Lunatic asylums United Prov. 1922-30 - 1922-1930
Year: 1922
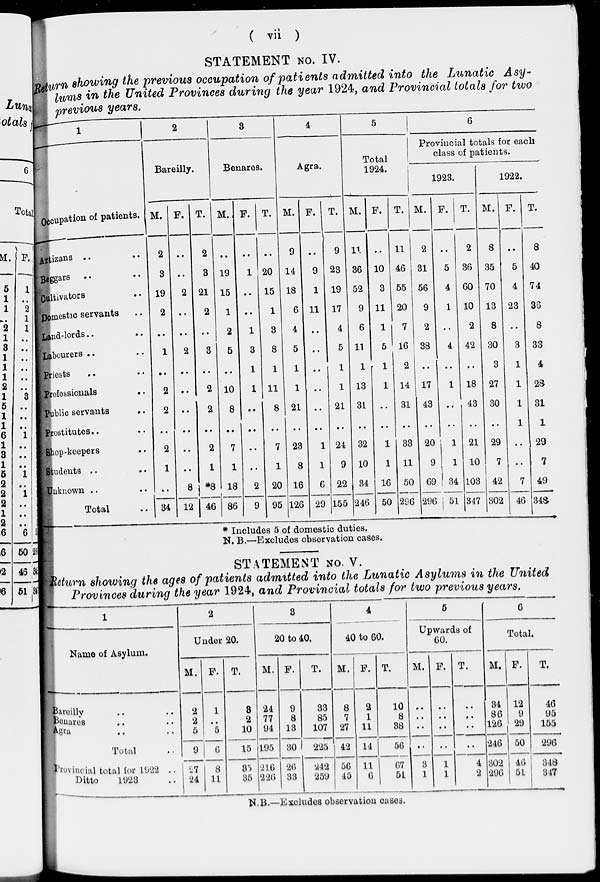
( vii )
STATEMENT NO. IV.
Return showing the previous occupation of patients admitted into the Lunatic Asy-
lums in the United Provinces during the year 1924, and Provincial totals for two
previous years.
1
Occupation of patients.
Artizans .. ..
Beggars .. ..
Cultivators ..
Domestic servants ..
Land-lords .. ..
Labourers ..
Priests .. ..
Professionals
..
Public servants ..
Prostitutes .. ..
Shop-keepers ..
Students .. ..
Unknown .. ..
Total ..
2
Bareilly.
M.
2
3
19
2
..
1
..
2
2
..
2
1
..
34
F.
..
..
2
..
..
2
..
..
..
..
..
..
8
12
T.
2
3
21
2
..
3
..
2
2
..
2
1
*8
46
3
Benares.
M.
..
19
15
1
2
5
..
10
8
..
7
1
18
86
F.
..
1
..
..
1
3
1
1
..
..
..
..
2
9
T.
..
20
15
1
3
8
1
11
8
..
7
1
20
95
4
Agra.
M.
9
14
18
6
4
5
1
1
21
..
23
8
16
126
F.
..
9
1
11
..
..
..
..
..
..
1
1
6
29
T.
9
23
19
17
4
5
1
1
21
..
24
9
22
155
5
Total
1924.
M.
11
36
52
9
6
11
1
13
31
..
32
10
34
246
F.
..
10
3
11
1
5
1
1
..
..
1
1
16
50
T.
11
46
55
20
7
16
2
14
31
..
33
11
50
296
6
Provincial totals for each
class of patients.
1923.
M.
2
31
56
9
2
38
..
17
43
..
20
9
69
296
F.
..
5
4
1
..
4
..
1
..
..
1
1
34
51
T.
2
36
60
10
2
42
..
18
43
..
21
10
103
347
1922.
M.
8
35
70
13
8
30
3
27
30
..
29
7
42
302
F.
..
5
4
23
..
3
1
1
1
1
..
..
7
46
T.
8
40
74
36
8
33
4
28
31
1
29
7
49
348
*Includes 5 of domestic duties.
N. B.—Excludes observation cases.
STATEMENT NO. V.
Return showing the ages of patients admitted into the Lunatic Asylums in the United
Provinces during the year 1924, and Provincial totals for two previous years.
1
Name of Asylum.
Bareilly .. ..
Benares .. ..
Agra .. ..
Total ..
Provincial total for 1922 ..
Ditto
1923 ..
2
Under 20.
M.
2
2
5
9
27
24
F.
1
..
5
6
8
11
T.
8
2
10
15
35
35
3
20 to 40.
M.
24
77
94
195
216
226
F.
9
8
13
30
26
33
T.
33
85
107
225
242
259
4
40 to 60.
M.
8
7
27
42
56
45
F.
2
1
11
14
11
6
T.
10
8
38
56
67
51
5
Upwards of
60.
M.
..
..
..
..
3
1
F.
..
..
..
..
1
1
T.
..
..
..
..
4
2
6
Total.
M.
34
86
126
246
302
296
F.
12
9
29
50
46
51
T.
46
95
155
296
348
347
N.B.—Excludes observation cases.